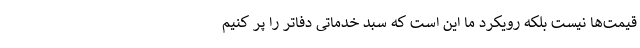
قیمت‌ها نیست بلکه رویکرد ما این است که سبد خدماتی دفاتر را پُر کنیم